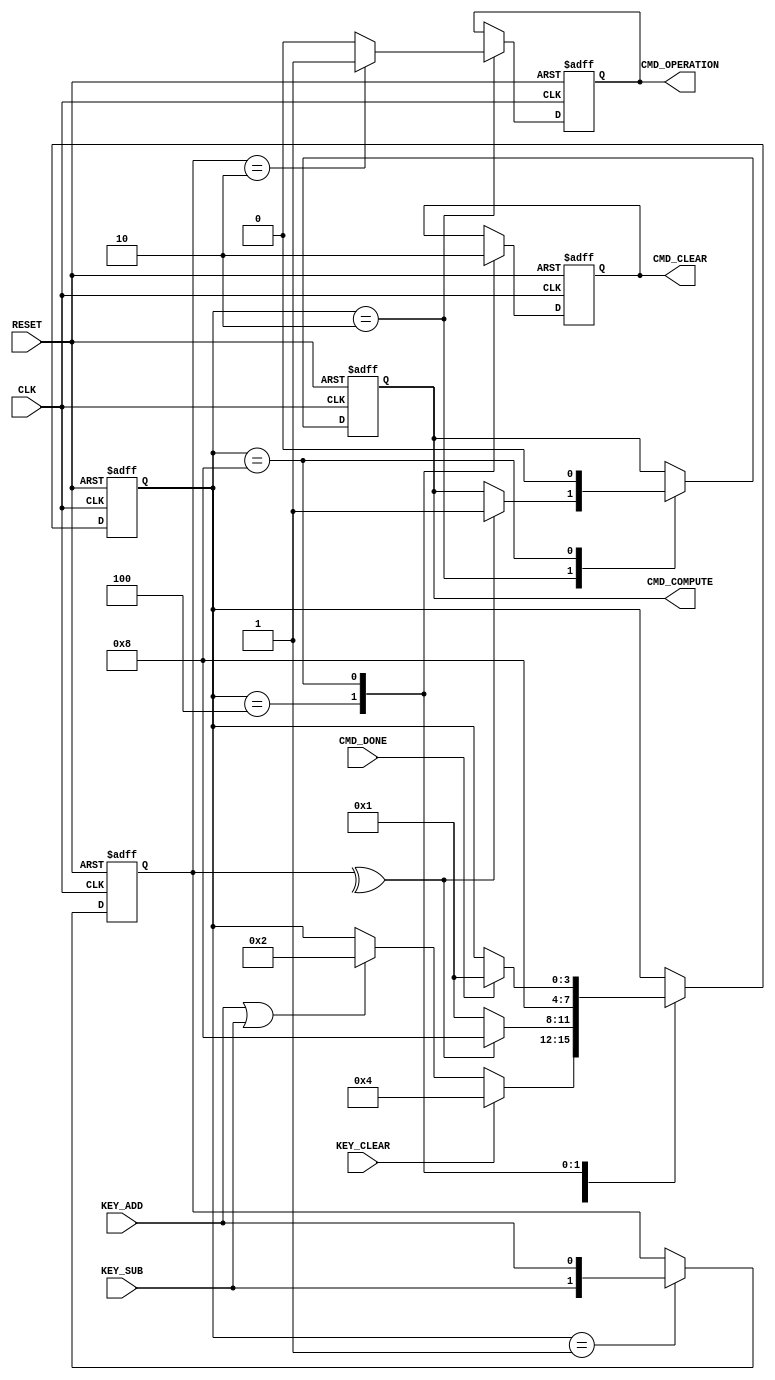
`timescale 1ns / 1ps
//////////////////////////////////////////////////////////////////////////////////
// Company: Case Western Reserve University
// 
// Project Name:   EECS301 Digital Design
// Design Name:    Lab #4 Project
// Module Name:    Key_Command_Controller
// Target Devices: Altera Cyclone V
// Tool versions:  Quartus v17.0
// Description:    Key Command Controller
//                 
// Dependencies:   
//
//////////////////////////////////////////////////////////////////////////////////

module Key_Command_Controller
(
	// Key Input Signals
	input KEY_CLEAR,
	input KEY_ADD,
	input KEY_SUB,

	// Command Signals
	input      CMD_DONE,
	output reg CMD_CLEAR,
	output reg CMD_COMPUTE,
	output reg CMD_OPERATION,
	
	// System Signals
	input CLK,
	input RESET
);


	//
	// BCD Binary Encoder State Machine
	//
	reg [3:0] State;
	localparam [3:0]
		S0 = 4'b0001,
		S1 = 4'b0010,
		S2 = 4'b0100,
		S3 = 4'b1000;
	
	reg [1:0] key_reg;

	always @(posedge CLK, posedge RESET)
	begin
	
		if (RESET)
		begin

			key_reg <= 2'h0;
		
			CMD_CLEAR <= 1'b0;
			CMD_COMPUTE <= 1'b0;
			CMD_OPERATION <= 1'b0;
		
			State <= S0;
			
		end
		else
		begin
		
			case (State)
			
				S0 :
				begin
				
					// Capture Keys
					key_reg <= { KEY_SUB, KEY_ADD };
				
					// Wait for a Key Input
					if (KEY_CLEAR)
						State <= S2;
					else if (KEY_ADD | KEY_SUB)
						State <= S1;
				
				end
				
				S1 :
				begin
				
					// Set the operation
					case (key_reg)
						2'b01 : CMD_OPERATION <= 1'b0; // Add
						2'b10 : CMD_OPERATION <= 1'b1; // Sub
						default : CMD_OPERATION <= 1'b0; // Invalid
					endcase
					
					// Only start computation for a valid key input
					if (^key_reg)
						CMD_COMPUTE <= 1'b1;
					
					
					// If valid wait for command to finish, otherwise abort.
					if (^key_reg)
						State <= S3;
					else
						State <= S0;
						
				end
				
				S2 :
				begin
				
					// Set the Clear Command
					CMD_CLEAR <= 1'b1;
					
					State <= S3;
				
				end
				
				S3 :
				begin

					// Clear the Command signals
					CMD_CLEAR <= 1'b0;
					CMD_COMPUTE <= 1'b0;
				
					// Wait for Command to finish
					if (CMD_DONE)
						State <= S0;
						
				end
				
			endcase
			
		end
		
	end

endmodule